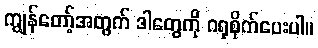
ကျွန်တော့်အတွက် ဒါတွေကို ဂရုစိုက်ပေးပါ။